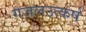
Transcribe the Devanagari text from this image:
गजलउत्कर्ष